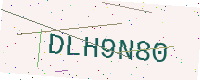
Text: DLH9N80